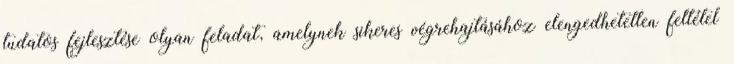
tudatos fejlesztése olyan feladat, amelynek sikeres végrehajtásához elengedhetetlen feltétel